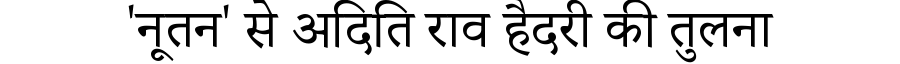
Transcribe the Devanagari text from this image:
'नूतन' से अदिति राव हैदरी की तुलना